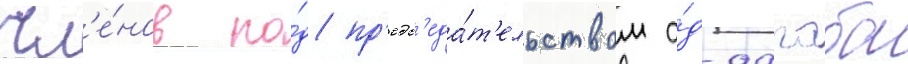
чл'е́нов по́д пр'едс'еда́т'ельством а́д-дагаба